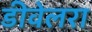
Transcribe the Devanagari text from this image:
डीवेलरा